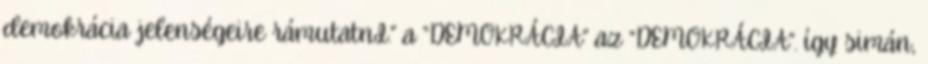
demokrácia jelenségeire rámutatnI.” a “DEMOKRÁCIA” az “DEMOKRÁCIA”. így simán,